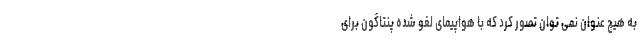
به هیچ عنوان نمی توان تصور کرد که با هواپیمای لغو شده پنتاگون برای